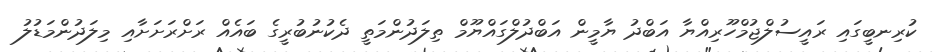
ކުރިނބީގައި ރައީސުލްޖުމްހޫރިއްޔާ އަބްދު ޔާމީން އަބްދުލްގައްޔޫމް ތިލަދުންމަތީ ދެކުނުބުރީގެ ބައެއް ރަށްރަށަށާއި މިލަދުންމަޑުލު